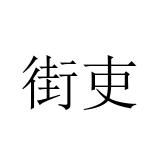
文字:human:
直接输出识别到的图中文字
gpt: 街吏